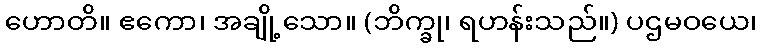
ဟောတိ။ ဧကော၊ အချို့သော။ (ဘိက္ခု၊ ရဟန်းသည်။) ပဌမဝယေ၊